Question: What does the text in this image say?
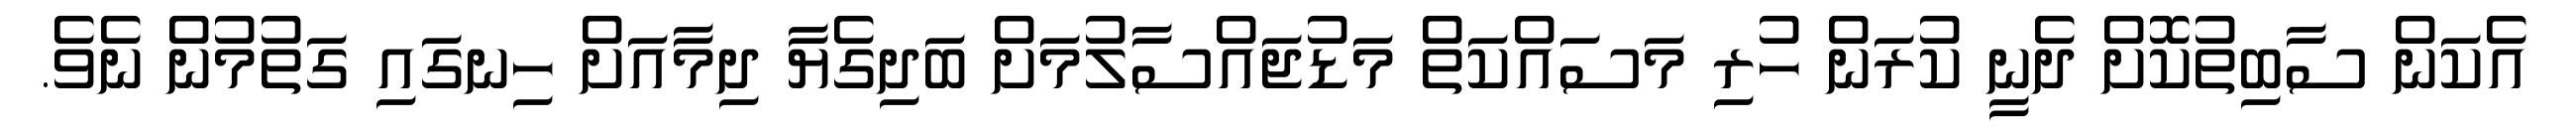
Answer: އެކަން ސާބިތުކޮށް ދެނީ ކުރަން ހުރި މަސައްކަތް މަޑުޖައްސާލުމަށް ބަދިގެޔާ ދިމާއަށް ހިނގައި ގަތުމުން ނެވެ.